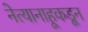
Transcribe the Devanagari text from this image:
नेत्यानाहूकडून